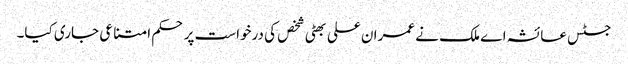
جسٹس عائشہ اے ملک نے عمران علی بھٹی شخص کی درخواست پر حکم امتناعی جاری کیا۔